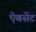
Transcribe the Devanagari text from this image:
ऐबसेंट